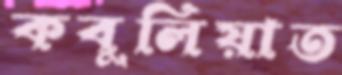
কবুলিয়াত